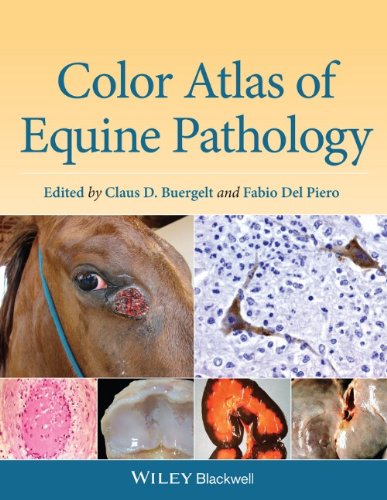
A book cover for Color Atlas of Equine Pathology; Medical Books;